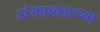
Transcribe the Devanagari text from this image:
हरेकप्रकारच्या